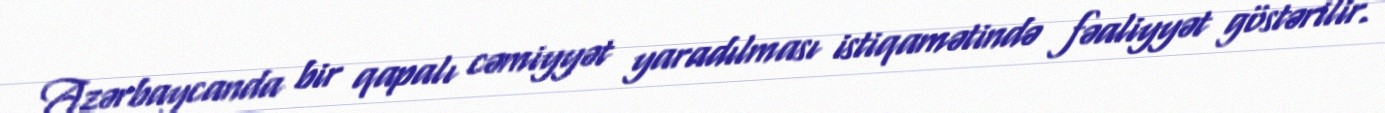
Azərbaycanda bir qapalı cəmiyyət yaradılması istiqamətində fəaliyyət göstərilir.